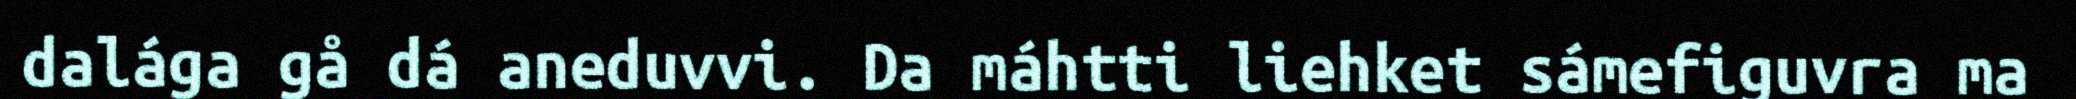
dalága gå dá aneduvvi. Da máhtti liehket sámefiguvra ma